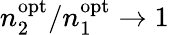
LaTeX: n_{2}^{\mathrm{opt}}/n_{1}^{\mathrm{opt}}\to 1